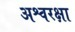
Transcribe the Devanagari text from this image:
अश्वरक्षा